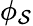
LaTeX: \phi_{\mathcal{S}}